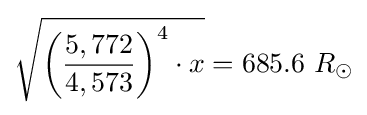
{\sqrt {{\biggl (}{\frac {5,772}{4,573}}{\biggr )}^{4}\cdot x}}=685.6\ R_{\odot }